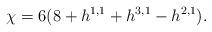
LaTeX: \begin{align*}\chi = 6 (8 + h^{1,1} + h^{3,1} - h^{2,1} ).\end{align*}